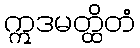
ဣဒမတ္ထိတံ